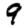
Digit: 9